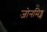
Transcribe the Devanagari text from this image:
जोनमिड्स